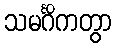
သမင်္ဂိကတွာ